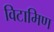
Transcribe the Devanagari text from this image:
विटामिण